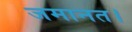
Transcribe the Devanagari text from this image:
जमानत।